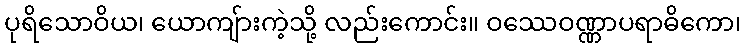
ပုရိသောဝိယ၊ ယောကျ်ားကဲ့သို့ လည်းကောင်း။ ဝဿေဝဏ္ဏာပရာဓိကော၊